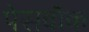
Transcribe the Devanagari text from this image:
पेसवॉक